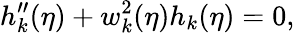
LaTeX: h_{k}^{\prime\prime}(\eta)+w_{k}^{2}(\eta)h_{k}(\eta)=0,